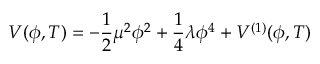
V ( \phi , T ) = - { \frac { 1 } { 2 } } \mu ^ { 2 } \phi ^ { 2 } + \frac { 1 } { 4 } \lambda \phi ^ { 4 } + V ^ { ( 1 ) } ( \phi , T )